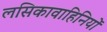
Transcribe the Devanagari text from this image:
लसिकावाहिनियों